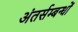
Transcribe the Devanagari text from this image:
अंतर्सम्बन्धों